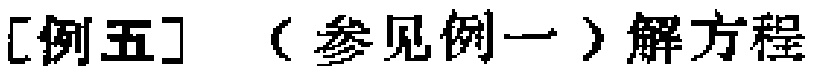
[例五] （参见例一）解方程